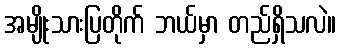
အမျိုးသားပြတိုက် ဘယ်မှာ တည်ရှိသလဲ။